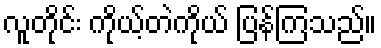
လူတိုင်း ကိုယ့်တဲကိုယ် ပြန်ကြသည်။